Annual report of the Imperial Bacteriologist
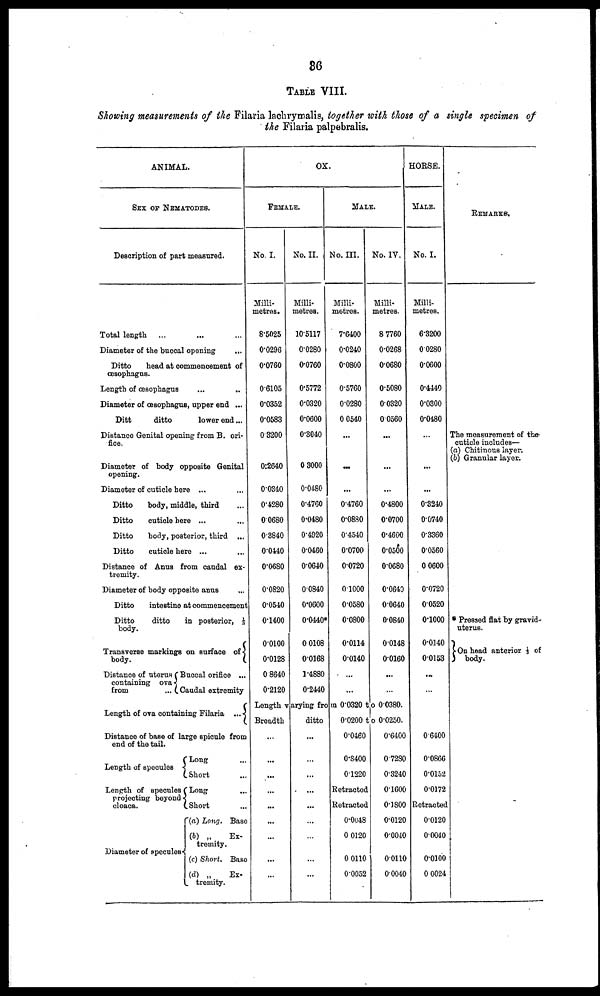
36
TABLE VIII.
Showing measurements of the Filaria lachrymalis, together with those of a single specimen of
the Filaria palpebralis.
ANIMAL.
SEX OF NEMATODES.
Description of part measured.
Total length ... ... ...
Diameter of the buccal opening
...
Ditto
head at commencement of
œsophagus.
Length of œsophagus ...
..
Diameter of œsophagus, upper end ...
Ditt
ditto
lower end...
Distance Genital opening from B. ori
fice.
Diameter of body opposite Genital
opening.
Diameter of cuticle here ... ...
Ditto
body, middle, third ...
Ditto
cuticle here ... ...
Ditto
body, posterior, third ...
Ditto
cuticle here ... ...
Distance of Anus from candal ex
tremity.
Diameter of body opposite anus ...
Ditto
intestine at commencement
Ditto ditto in posterior, ⅓
body.
Transverse markings on surface of {
body.
Distance of uterus Buccal orifice ...
containing ova {
from
... Caudal extremity
Length of ova containing Filaria ... {
Distance of base of large spicule from
end of the tail.
Long ...
Length of specules {
Short ...
Length of specules Long ...
projecting beyond {
cloaca.
Short ...
(a) Long. Base
(b) „
Ex¬
tremity.
Diameter of specules {
(c) Short. Base
(d) „
Ex¬
tremity.
OX.
FEMALE.
No. I.
Milli
metres .
8.5025
0.0296
0.0760
0.6105
0.0352
0.0583
0.3200
0.2640
0.0340
0.4280
0.0680
0.3840
0.0440
0.0680
0.0820
0.0540
0.1400
0.0100
0.0128
0.8640
0.2120
No. II.
Milli
metres.
10.5117
0.0280
0.0760
0.5772
0.0320
0.0600
0.3040
0.3000
0.0480
0.4760
0.0480
0.4920
0.0460
0.0640
0.0840
0.0600
0.0440*
0.0108
0.0168
1.4880
0.2440
MALE.
No. III.
Milli¬
metres.
7.6400
0.0240
0.0800
0.5760
0.0280
0.0540
...
...
...
0.4760
0.0880
0.4540
0.0700
0.0720
0.1000
0.0580
0.0800
0.0114
0.0140
...
...
No. IV.
Milli
metres.
8.7760
0.0268
0.0680
0.5080
0.0320
0.0560
...
...
...
0.4800
0.0700
0.4600
0.0500
0.0680
0.0640
0.0640
0.0840
0.0148
0.0160
...
...
Length varying from 0.0320 to 0.0380.
Breadth
ditto
0.0200 to 0.0250.
...
...
...
...
...
...
...
...
...
...
...
...
...
...
...
...
...
...
0.0460
0.8400
0.1220
Retracted
Retracted
0.0048
0.0120
0.0110
0.0052
0.6400
0.7280
0.3240
0.1600
0.1800
0.0120
0.0040
0.0110
0.0040
HORSE.
MALE.
No. I.
Milli
metres.
6.3200
0.0280
0.0600
0.4440
0.0300
0.0480
...
...
...
0.3240
0.0740
0.3360
0.0560
0.0600
0.0720
0.0520
0.1000
0.0140
0.0153
...
...
0.6400
0.0866
0.0152
0.0172
Retracted
0.0120
0.0040
0.0100
0.0024
REMARKS.
The measurement of the.
cuticle includes—
(a) Chitinous layer.
(b) Granular layer.
* Pressed flat by gravid-
uterus.
} On head anterior 1/3 of
body.